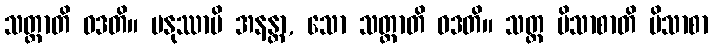
သတ္တာတိ ဝဒတိ။ မနုဿာပိ အနန္တာ, သော သတ္တာတိ ဝဒတိ။ သတ္တ ပိသာစာတိ ပိသာစာ